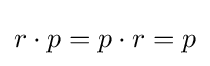
r\cdot p=p\cdot r=p